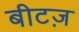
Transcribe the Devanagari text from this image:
बीटज़